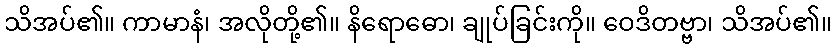
သိအပ်၏။ ကာမာနံ၊ အလိုတို့၏။ နိရောဓော၊ ချုပ်ခြင်းကို။ ဝေဒိတဗ္ဗာ၊ သိအပ်၏။